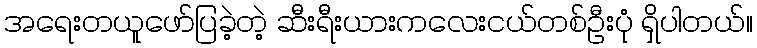
အရေးတယူဖော်ပြခဲ့တဲ့ ဆီးရီးယားကလေးငယ်တစ်ဦးပုံ ရှိပါတယ်။